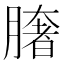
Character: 𦠏